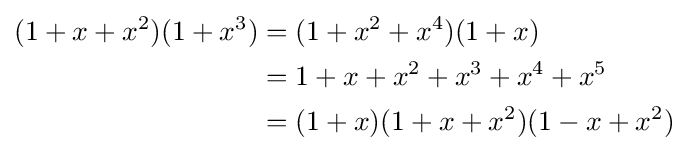
{\begin{aligned}(1+x+x^{2})(1+x^{3})&=(1+x^{2}+x^{4})(1+x)\\&=1+x+x^{2}+x^{3}+x^{4}+x^{5}\\&=(1+x)(1+x+x^{2})(1-x+x^{2})\end{aligned}}